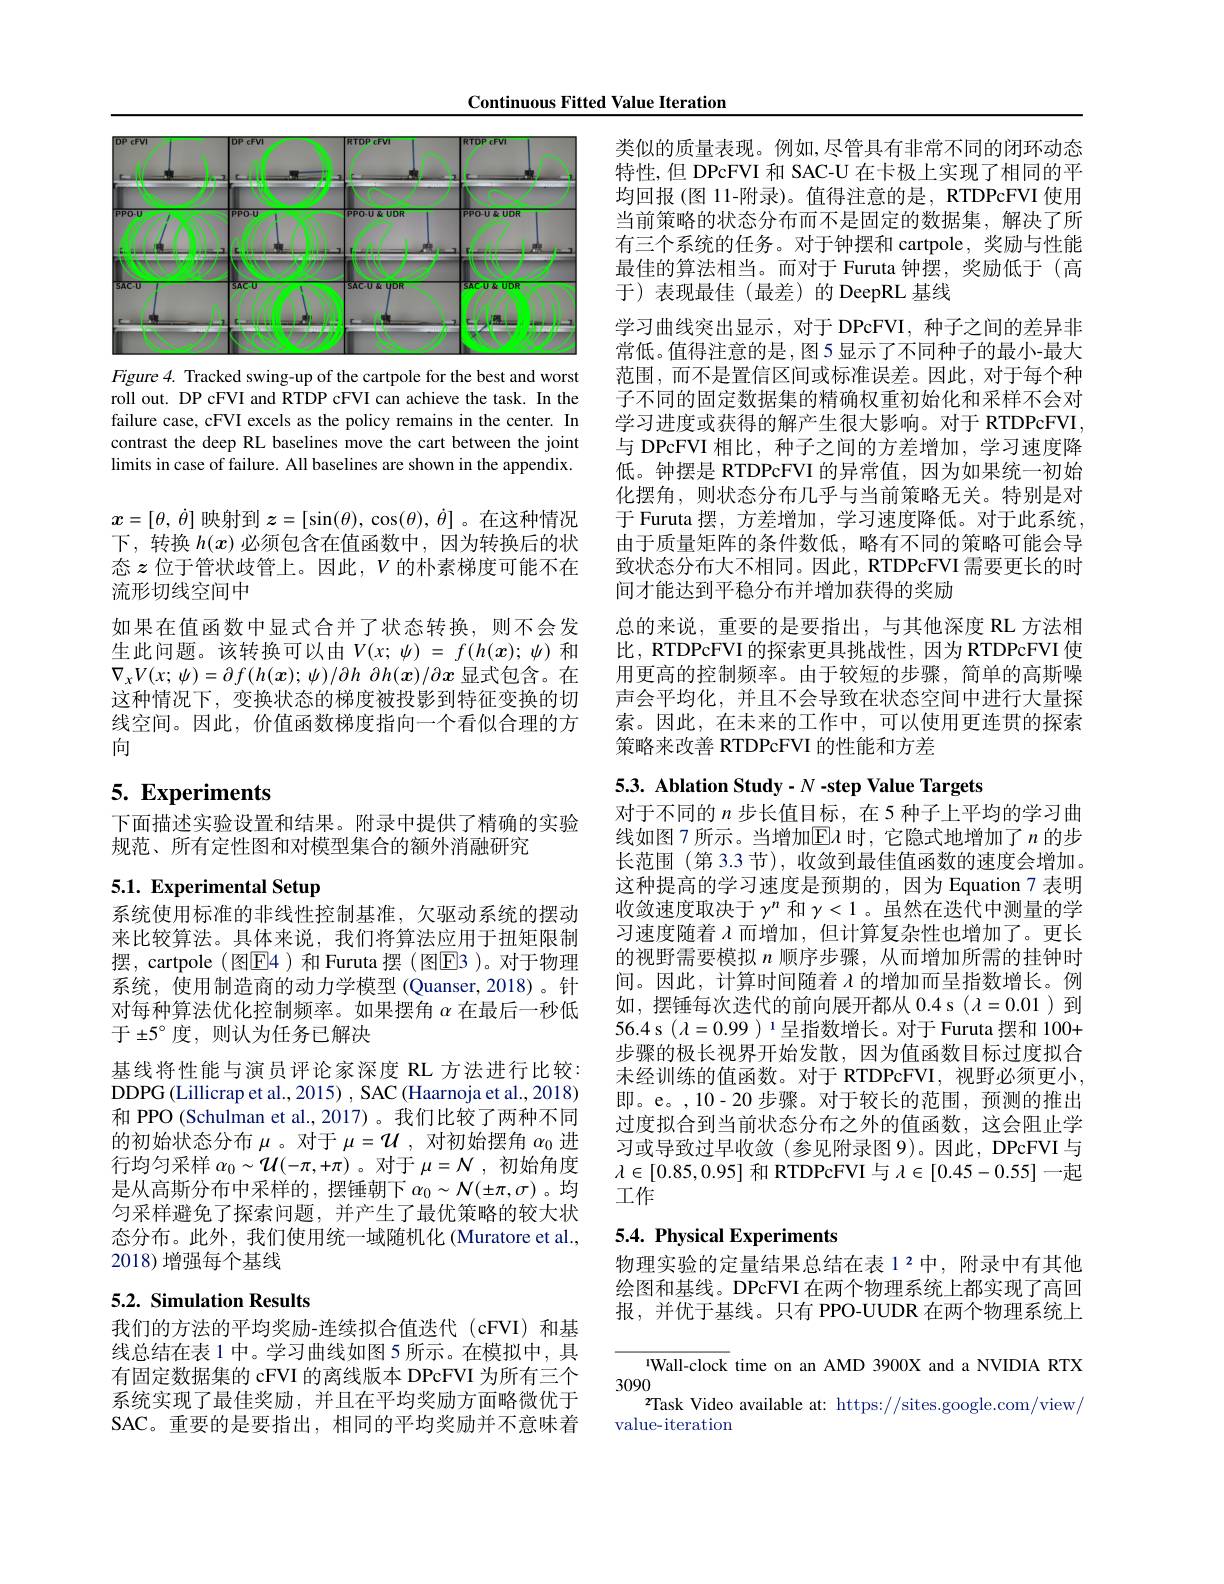
Continuous Fitted Value Iteration

<FigureHere>

Figure 4. Tracked swing-up of the cartpole for the best and worst roll out. DP cFVI and RTDP cFVI can achieve the task. In the failure case, cFVI excels as the policy remains in the center. In contrast the deep RL baselines move the cart between the joint limits in case of failure. All baselines are shown in the appendix.

$x=[\theta,\dot{\theta}]$映射到$z=[\sin(\theta),\cos(\theta),\dot{\theta}]$ 。在这种情况下，转换$h(x)$必须包含在值函数中，因为转换后的状态$z$位于管状歧管上。因此，$V$的朴素梯度可能不在流形切线空间中
如果在值函数中显式合并了状态转换，则不会发生此问题。该转换可以由$V(x;\psi)=f(h(x);\psi)$ 和$\nabla _{x}V( x; \psi ) = \partial f( h( \boldsymbol{x}) ; \psi ) / \partial h$ $\partial h( x) / \partial x$显式包含。在这种情况下，变换状态的梯度被投影到特征变换的切线空间。因此，价值函数梯度指向一个看似合理的方向

# 5. Experiments

下面描述实验设置和结果。附录中提供了精确的实验
规范、所有定性图和对模型集合的额外消融研究

# 5.1. Experimental Setup

系统使用标准的非线性控制基准，欠驱动系统的摆动来比较算法。具体来说，我们将算法应用于扭矩限制摆，cartpole (图$\boxed{\mathrm{F}}4$)和 Furuta 摆 (图E3 )。对于物理系统，使用制造商的动力学模型(Quanser,2018)。针对每种算法优化控制频率。如果摆角$\alpha$在最后一秒低于$\pm5^\circ$度，则认为任务已解决
基线将性能与演员评论家深度 RL 方法进行比较： DDPG (Lillicrap et al., 2015) , SAC (Haarnoja et al., 2018) 和 PPO (Schulman et al.,2017)。我们比较了两种不同的初始状态分布$\mu$ 。对于$\mu=\mathcal{U}$,对初始摆角$\alpha_0$进行均匀采样$\alpha_0\sim\mathcal{U}(-\pi,+\pi)$ 。对于$\mu=\mathcal{N}$,初始角度是从高斯分布中采样的，摆锤朝下$\alpha_0\sim\mathcal{N}(\pm\pi,\sigma)$。均匀采样避免了探索问题，并产生了最优策略的较大状态分布。此外，我们使用统一域随机化 (Muratore et al., 2018)增强每个基线

# 5.2. Simulation Results

我们的方法的平均奖励-连续拟合值迭代(cFVI)和基线总结在表 1 中。学习曲线如图 5 所示。在模拟中，具有固定数据集的 cFVI 的离线版本 DPcFVI 为所有三个系统实现了最佳奖励，并且在平均奖励方面略微优于SAC。重要的是要指出，相同的平均奖励并不意味着

类似的质量表现。例如，尽管具有非常不同的闭环动态特性，但 DPcFVI 和 SAC-U 在卡极上实现了相同的平均回报(图 11-附录)。值得注意的是，RTDPcFVI 使用当前策略的状态分布而不是固定的数据集，解决了所有三个系统的任务。对于钟摆和 cartpole, 奖励与性能最佳的算法相当。而对于 Furuta 钟摆，奖励低于 (高于)表现最佳(最差)的DeepRL 基线
学习曲线突出显示，对于 DPcFVI, 种子之间的差异非常低。值得注意的是，图5 显示了不同种子的最小-最大范围，而不是置信区间或标准误差。因此，对于每个种子不同的固定数据集的精确权重初始化和采样不会对学习进度或获得的解产生很大影响。对于 RTDPcFVI, 与 DPcFVI 相比，种子之间的方差增加，学习速度降低。钟摆是 RTDPcFVI 的异常值，因为如果统一初始化摆角，则状态分布几乎与当前策略无关。特别是对于 Furuta 摆，方差增加，学习速度降低。对于此系统， 由于质量矩阵的条件数低，略有不同的策略可能会导致状态分布大不相同。因此，RTDPcFVI 需要更长的时间才能达到平稳分布并增加获得的奖励
总的来说，重要的是要指出，与其他深度 RL 方法相比，RTDPcFVI 的探索更具挑战性，因为 RTDPcFVI 使用更高的控制频率。由于较短的步骤，简单的高斯噪声会平均化，并且不会导致在状态空间中进行大量探索。因此，在未来的工作中，可以使用更连贯的探索策略来改善 RTDPcFVI 的性能和方差

5.3. Ablation Study- $N\textbf{- step Value Targets}$

对于不同的$n$步长值目标，在 5 种子上平均的学习曲线如图 7 所示。当增加$\mathbb{E}\lambda$ 时，它隐式地增加了$n$ 的步长范围 (第 3.3 节), 收敛到最佳值函数的速度会增加。这种提高的学习速度是预期的，因为 Equation 7 表明收敛速度取决于$\gamma^n$和$\gamma<1$ 。虽然在迭代中测量的学习速度随着$\lambda$而增加，但计算复杂性也增加了。更长的视野需要模拟$n$顺序步骤，从而增加所需的挂钟时间。因此，计算时间随着$\lambda$的增加而呈指数增长。例如，摆锤每次迭代的前向展开都从 0.4 s ( $\lambda=0.01$)到56.4 s $(\lambda=0.99)^{1}$呈指数增长。对于 Furuta 摆和 100+ 步骤的极长视界开始发散，因为值函数目标过度拟合未经训练的值函数。对于 RTDPcFVI,视野必须更小， 即。e。,10-20 步骤。对于较长的范围，预测的推出过度拟合到当前状态分布之外的值函数，这会阻止学习或导致过早收敛(参见附录图9)。因此，DPcFVI 与$\lambda\in[0.85,0.95]$和 RTDPcFVI 与$\lambda\in[0.45-0.55]$一起工作

# 5.4. Physical Experiments

物理实验的定量结果总结在表 1 2 中，附录中有其他绘图和基线。DPcFVI 在两个物理系统上都实现了高回报，并优于基线。只有 PPO-UUDR 在两个物理系统上

Wall-clock time on an AMD 3900X and a NVIDIA RTX
3090
rTask Video available at: https://sites.google.com/view/}
value-iteration